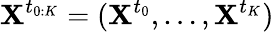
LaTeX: \textbf{X}^{t_{0:K}}=(\textbf{X}^{t_{0}},\ldots,\textbf{X}^{t_{K}})